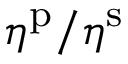
\eta ^ { \mathrm { p } } / \eta ^ { \mathrm { s } }